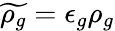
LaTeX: \widetilde{\rho_{g}}=\epsilon_{g}\rho_{g}